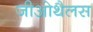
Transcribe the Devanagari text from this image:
जीओथैलस